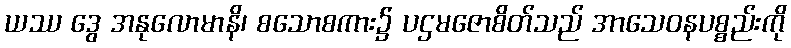
ယဿ ဒွေ အနုလောမာနိ၊ စသောစကား၌ ပဌမဇောစိတ်သည် အာသေဝနပစ္စည်းကို